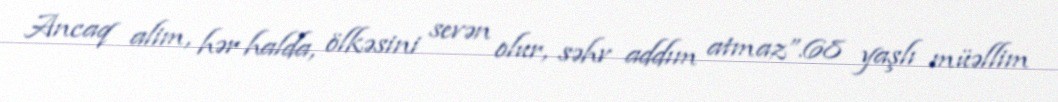
Ancaq alim, hər halda, ölkəsini sevən olur, səhv addım atmaz”.68 yaşlı müəllim